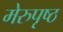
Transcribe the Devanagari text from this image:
मेरुपृष्ठ